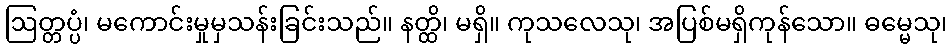
ဩတ္တပ္ပံ၊ မကောင်းမှုမှသန်းခြင်းသည်။ နတ္ထိ၊ မရှိ။ ကုသလေသု၊ အပြစ်မရှိကုန်သော။ ဓမ္မေသု၊